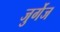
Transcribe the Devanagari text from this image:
जुर्गेज